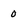
Character: 0